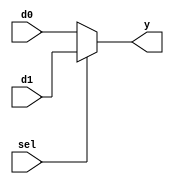
`timescale 1ns / 1ps
//////////////////////////////////////////////////////////////////////////////////
// Company: 
// Engineer: 
// 
// Design Name: 
// Module Name:    mux
// Project Name: 
// Target Devices: 
// Tool versions: 
// Description: 
//
// Dependencies: 
//
// Revision: 
// Revision 0.01 - File Created
// Additional Comments: 
//
//////////////////////////////////////////////////////////////////////////////////
module mux2 #(parameter WIDTH=32)(
		input [WIDTH-1:0] d0,d1,
		input sel,
		output [WIDTH-1:0] y
    );
	 assign y=sel?d1:d0;


endmodule

module mux4 #(parameter WIDTH=32)(
		input [WIDTH-1:0] d0,d1,d2,d3,
		input [1:0] sel,
		output [WIDTH-1:0] y
    );
	 assign y=sel[1]?(sel[0]?d3:d2):
							(sel[0]?d1:d0);
 


endmodule